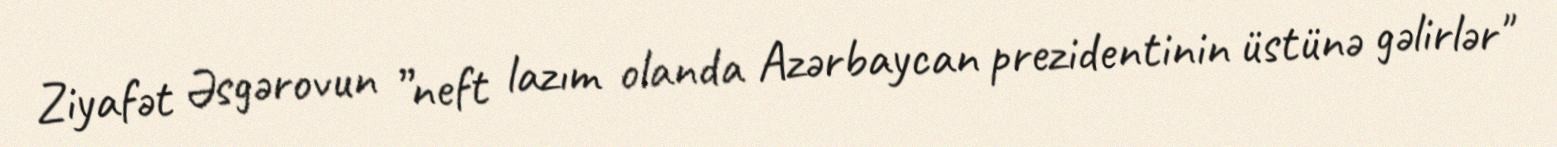
Ziyafət Əsgərovun ”neft lazım olanda Azərbaycan prezidentinin üstünə gəlirlər"